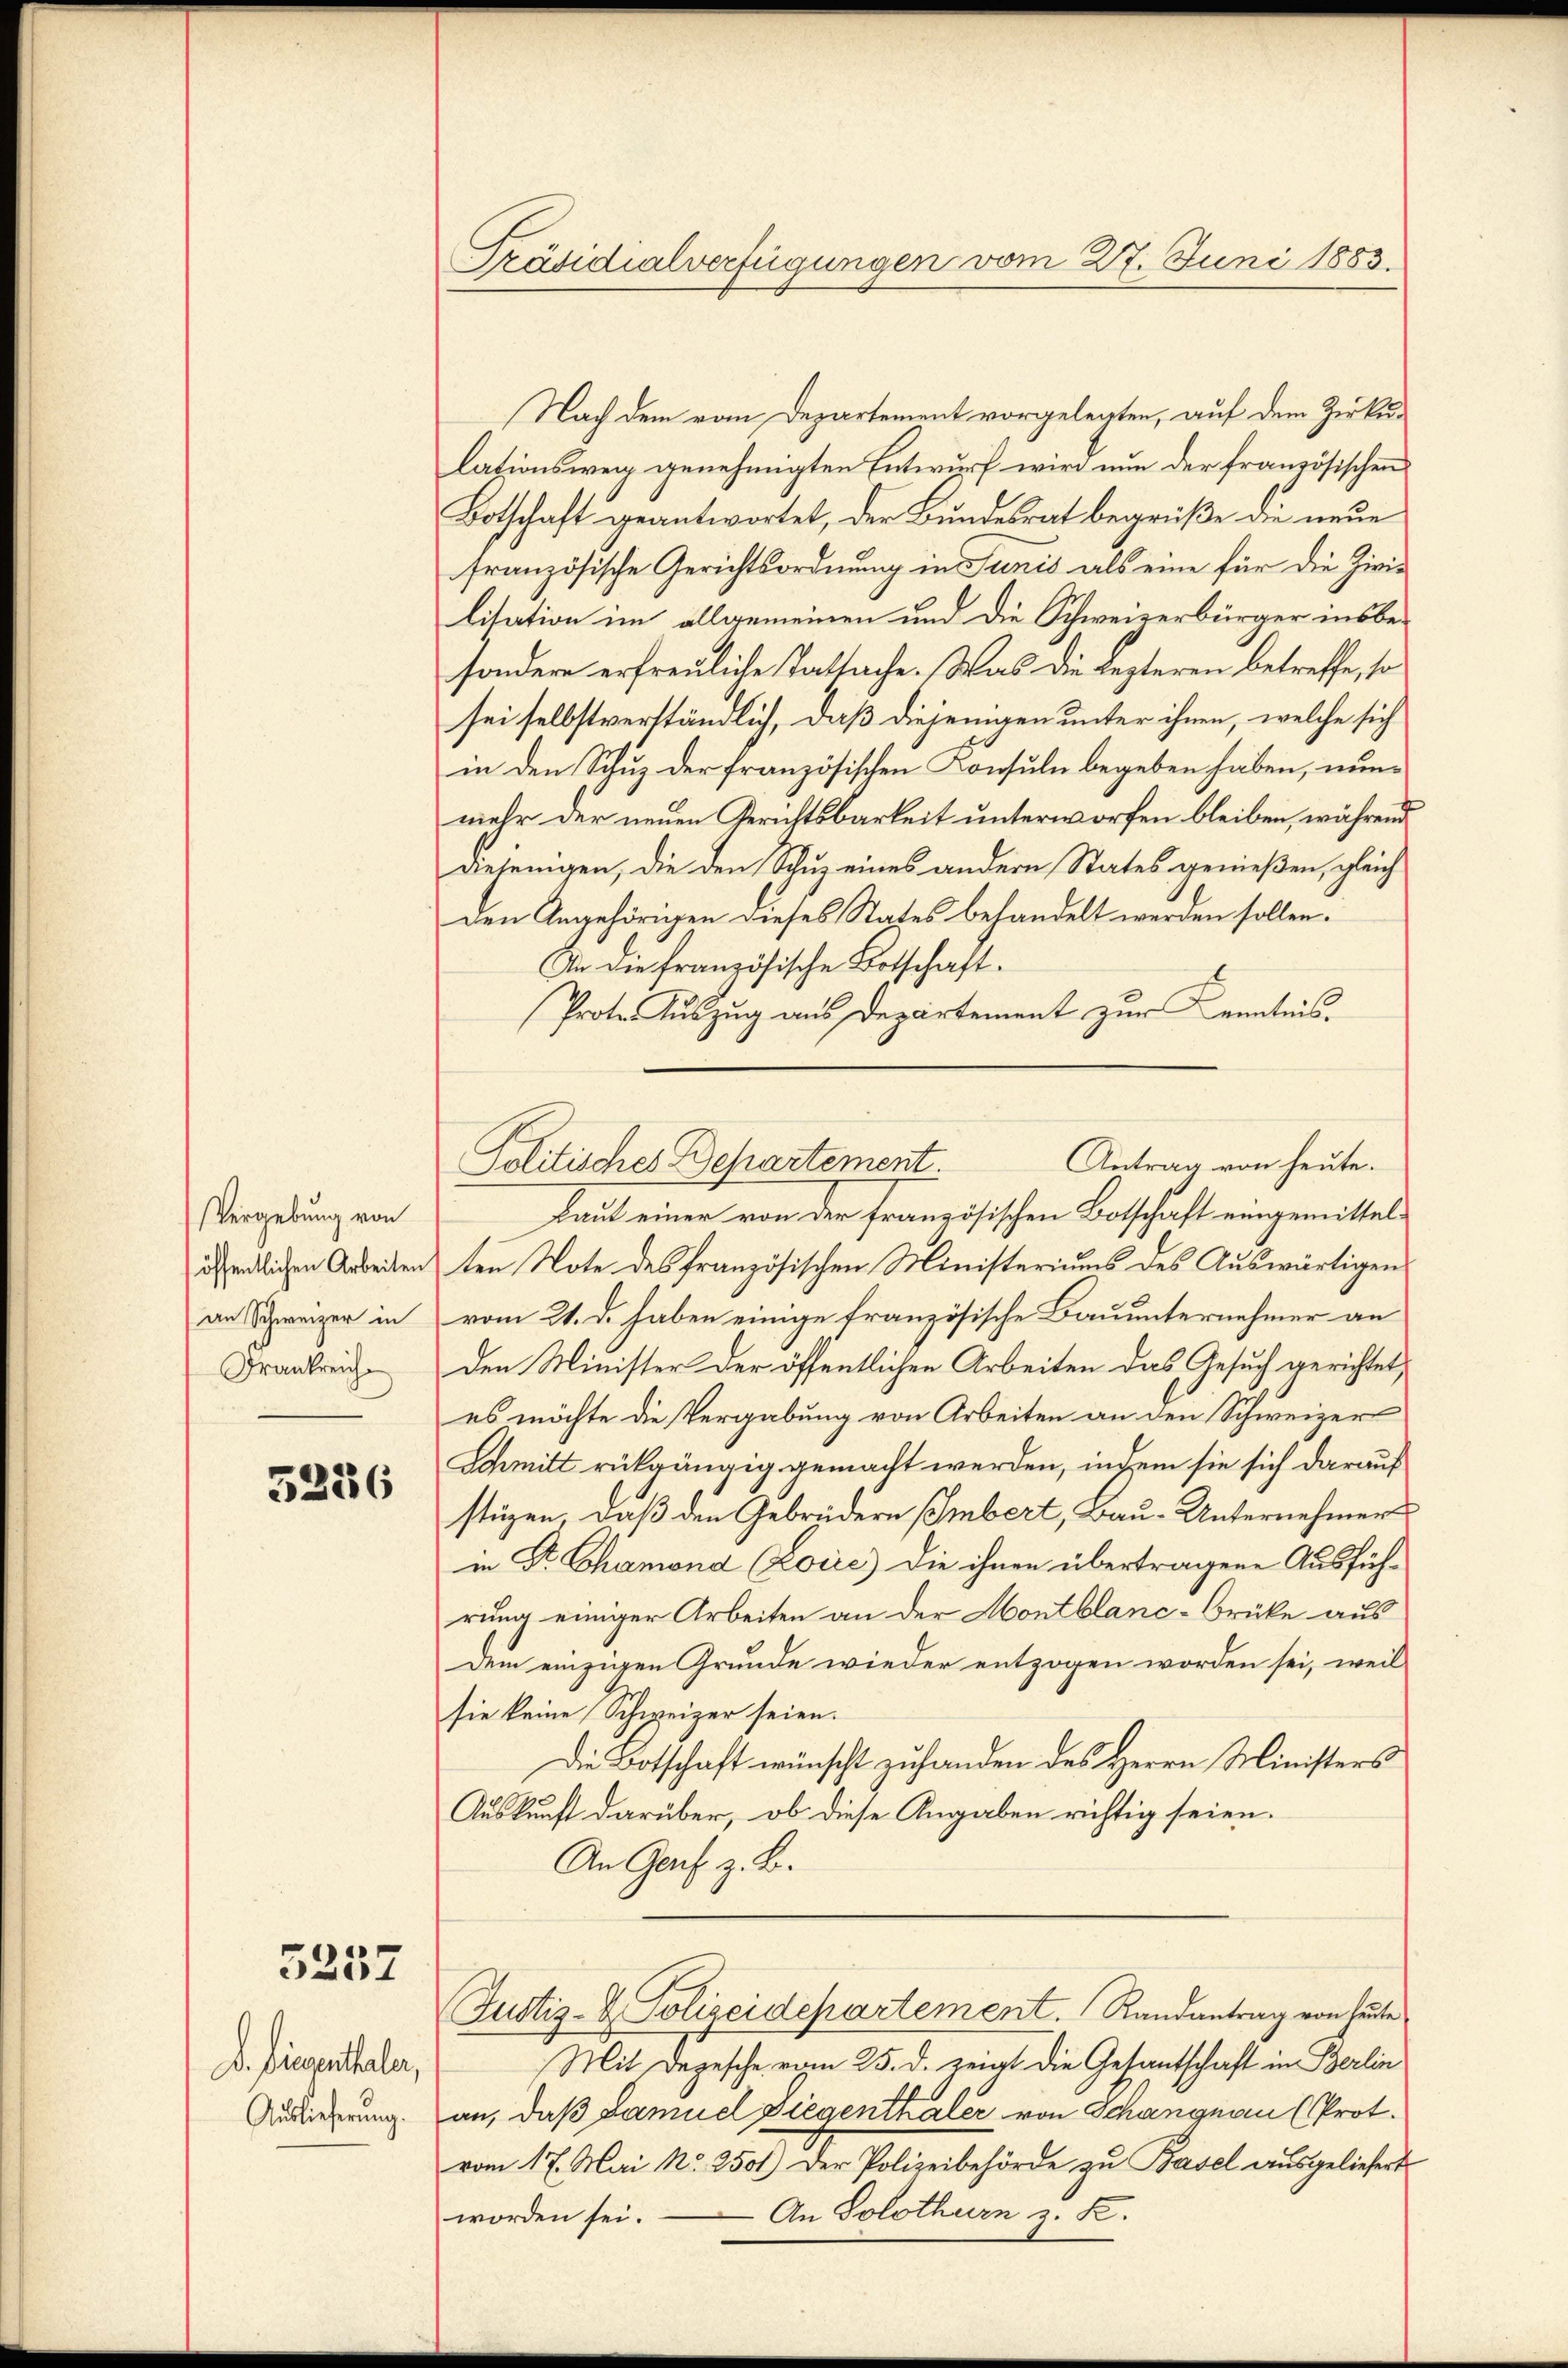
Vergebung von
an Schweizer in
Frankreich

5236

5257

D. Diesenthaler,
Auslieferung.

Präsidialverfügungen vom 27. Juni 1883.

Nach dem vom Departement vorgelegten, auf dem Zirkulationsweg genehmigten Entwurf wird nun der französischen
Botschaft geantwortet, der Bundesrat begrüße die neue
französische Gerichtsordnung in Junis als eine für die Zivilitation im allgemeinen und die Schweizerbürger insbe-
sondere erfreuliche Tatsache. Was die Lezteren betreffe, so
sei selbstverständlich, daß diejenigen unter ihnen, welche sich
in den Schuz der französischen Konsuln begeben haben, nunmehr der neuen Gerichtsbarkeit unterworfen bleiben, während
diejenigen, die den Schuz eines andern States genießen, gleich
den Angehörigen dieses States behandelt werden sollen.
In die Französische Botschaft.
Prote. Auszug aus Departement zur Kenntnis.
Laut einer von der französischen Botschaft eingemittelöffentlichen Arbeiten ten Note des französischen Ministeriums des Auswärtigen
vom 21. d. haben einige französische Bauunternehmer an
den Minister der öffentlichen Arbeiten das Gesuch gerichtet,
es möchte die Vergabung von Arbeiten an den Schweizer
Schmitt rükgängig gemacht werden, indem sie sich darauf
stüzen, daß den Gebrüdern Embert, Bau-Unternehmer
in Dr. Chamond (Lorić) die ihnen übertragene Ausführung einiger Arbeiten an der Montblanc-Brücke aus
dem einzigen Grunde wieder entzogen worden sei, weil
sie keine Schweizer seien.
Die Botschaft wünscht zu handen des Herrn Ministers
Auskunft darüber, ob diese Angaben richtig seien.
An Genf z. B.
Justiz- & Polizeidepartement. Randantrag von heute
Mit Depesche vom 25. d. zeigt die Gesantschaft in Berlin
an, daß Damuel Ziegenthaler von Schangnau (Prot.
vom 17. Mai No 2501.) Der Polizeibehörde zu Basel ausgeliefert
 An Solothurn z. B.
worden sei.

Antrag von heute.
Politisches Departement.